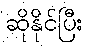
ဆိုနိုင်ပြီး